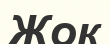
Жок